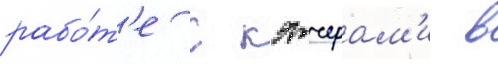
рабо́т'е с кэтчерам'и в